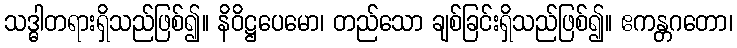
သဒ္ဓါတရားရှိသည်ဖြစ်၍။ နိဝိဋ္ဌပေမော၊ တည်သော ချစ်ခြင်းရှိသည်ဖြစ်၍။ ဧကန္တဂတော၊